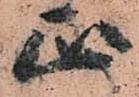
正